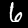
Digit: 6